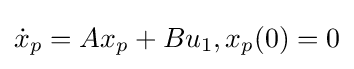
{\dot {x}}_{p}=Ax_{p}+Bu_{1},x_{p}(0)=0